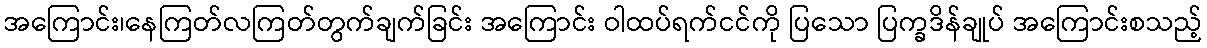
အကြောင်း၊နေကြတ်လကြတ်တွက်ချက်ခြင်း အကြောင်း ဝါထပ်ရက်ငင်ကို ပြသော ပြက္ခဒိန်ချုပ် အကြောင်းစသည့်